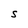
Character: S